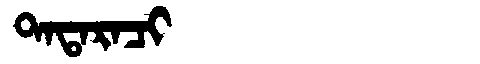
Manchu: ᡨᠠᡨᠠᡵᠠᠴᡳ
Romanization: TATARACI